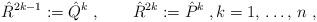
LaTeX: \begin{align*}\hat{R}^{2k-1} := \hat{Q}^k\;,\qquad\hat{R}^{2k} := \hat{P}^k\;,k=1,\,\ldots,\,n\;,\end{align*}